Vaccine operations Central Provinces & Berar 1922-1929 - 1922-1929
Year: 1922
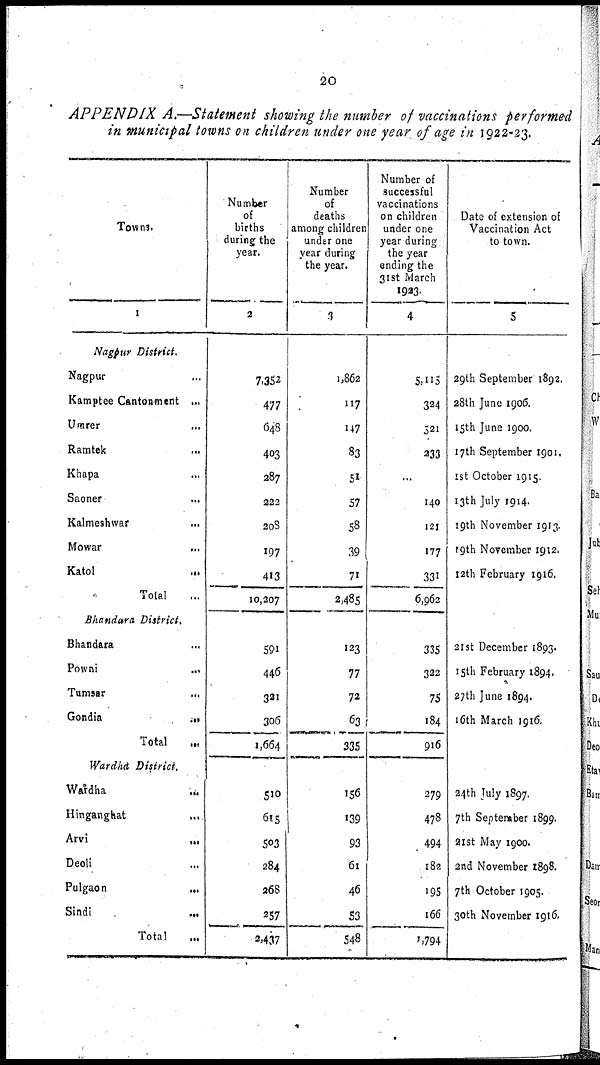
20
APPENDIX A.—Statement showing the number of vaccinations performed
in municipal towns on children under one year of age in 1922-23.
Towns.
1
Nagpur District.
Nagpur... ...
Kamptee Cantonment ...
Umrer...
Ramtek...
Khapa...
Saoner...
Kalmeshwar...
Mowar...
Katol...
Total...
Bhandara District.
Bhandara...
Powni...
Tumsar...
Gondia...
Total...
Wardha District.
Wardha...
Hinganghat...
Arvi...
Deoli...
Pulgaon...
Sindi...
Total...
Number
of
births
during the
year.
2
7,352
477
648
403
287
222
208
197
413
10,207
591
446
321
306
1,664
510
615
503
284
268
257
2,437
Number
of
deaths
among children
under one
year during
the year.
3
1,862
117
147
83
51
57
58
39
71
2,485
123
77
72
63
335
156
139
93
61
46
53
548
Number of
successful
vaccinations
on children
under one
year during
the year
ending the
31st March
1923.
4
5,115
324
521
233
...
140
121
177
331
6,962
335
322
75
184
916
279
478
494
182
195
166
1,794
Date of extension of
Vaccination Act
to town.
5
29th September 1892.
28th June 1906.
15th June 1900.
17th September 1901.
1st October 1915.
13th July 1914.
19th November 1913.
19th November 1912.
12th February 1916.
21st December 1893.
15th February 1894.
27th June 1894.
16th March 1916.
24th July 1897.
7th September 1899.
21st May 1900.
2nd November 1898.
7th October 1905.
30th November 1916.